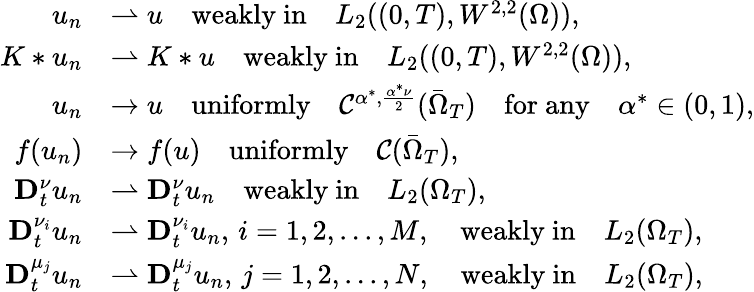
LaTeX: \begin{array}{rl}{u_{n}}&{\rightharpoonup u\quad\mathrm{weakly~in}\quad L_{2}((0,T),W^{2,2}(\Omega)),}\\ {K*u_{n}}&{\rightharpoonup K*u\quad\mathrm{weakly~in}\quad L_{2}((0,T),W^{2,2}(\Omega)),}\\ {u_{n}}&{\rightarrow u\quad\mathrm{uniformly}\quad\mathcal{C}^{\alpha^{*},\frac{\alpha^{*}\nu}{2}}(\bar{\Omega}_{T})\quad\mathrm{for~any}\quad\alpha^{*}\in(0,1),}\\ {f(u_{n})}&{\rightarrow f(u)\quad\mathrm{uniformly}\quad\mathcal{C}(\bar{\Omega}_{T}),}\\ {\mathbf{D}_{t}^{\nu}u_{n}}&{\rightharpoonup\mathbf{D}_{t}^{\nu}u_{n}\quad\mathrm{weakly~in}\quad L_{2}(\Omega_{T}),}\\ {\mathbf{D}_{t}^{\nu_{i}}u_{n}}&{\rightharpoonup\mathbf{D}_{t}^{\nu_{i}}u_{n},\, i=1,2,...,M,\quad\mathrm{weakly~in}\quad L_{2}(\Omega_{T}),}\\ {\mathbf{D}_{t}^{\mu_{j}}u_{n}}&{\rightharpoonup\mathbf{D}_{t}^{\mu_{j}}u_{n},\, j=1,2,...,N,\quad\mathrm{weakly~in}\quad L_{2}(\Omega_{T}),}\end{array}